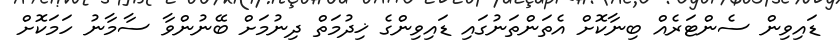
ޑައިވިން ސެންޓަރެއް ބިނާކޮށް އެތަންތަނުގައި ޑައިވިންގެ ޚިދުމަތް ދިނުމަށް ބޭނުންވާ ސާމާނު ހަމަކޮށް